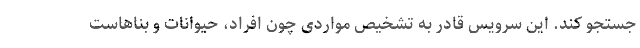
جستجو کند. این سرویس قادر به تشخیص مواردی چون افراد، حیوانات و بناهاست